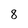
Character: 8